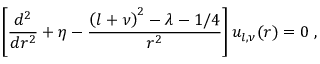
\left[ \frac { d ^ { 2 } } { d r ^ { 2 } } + \eta - \frac { \left( l + \nu \right) ^ { 2 } - \lambda - 1 / 4 } { r ^ { 2 } } \right] u _ { l , \nu } ( r ) = 0 \; ,